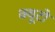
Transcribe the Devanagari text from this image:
क्यूटो